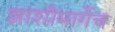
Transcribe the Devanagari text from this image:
झाशीमार्गेच